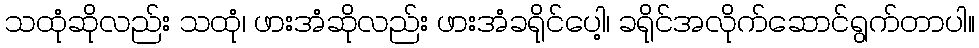
သထုံဆိုလည်း သထုံ၊ ဖားအံဆိုလည်း ဖားအံခရိုင်ပေါ့၊ ခရိုင်အလိုက်ဆောင်ရွက်တာပါ။